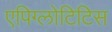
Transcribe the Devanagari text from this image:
एपिग्लोटिटिस